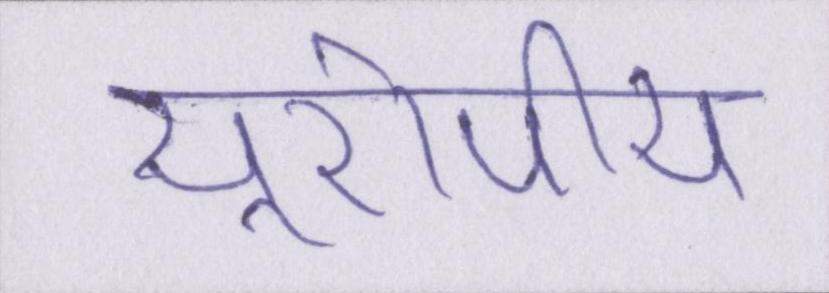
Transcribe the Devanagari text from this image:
यूरोपीय